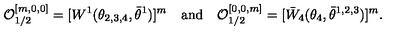
{ \cal O } _ { 1 / 2 } ^ { [ m , 0 , 0 ] } = [ W ^ { 1 } ( \theta _ { 2 , 3 , 4 } , \bar { \theta } ^ { 1 } ) ] ^ { m } \quad \mathrm { a n d } \quad { \cal O } _ { 1 / 2 } ^ { [ 0 , 0 , m ] } = [ \bar { W } _ { 4 } ( \theta _ { 4 } , \bar { \theta } ^ { 1 , 2 , 3 } ) ] ^ { m } .